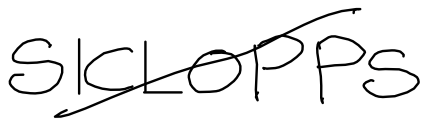
Text: SICLOPPS
Cross-out: diagonal
Writing tool: digital_black